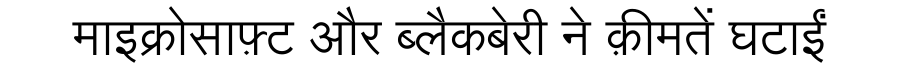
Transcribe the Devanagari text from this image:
माइक्रोसाफ़्ट और ब्लैकबेरी ने क़ीमतें घटाईं